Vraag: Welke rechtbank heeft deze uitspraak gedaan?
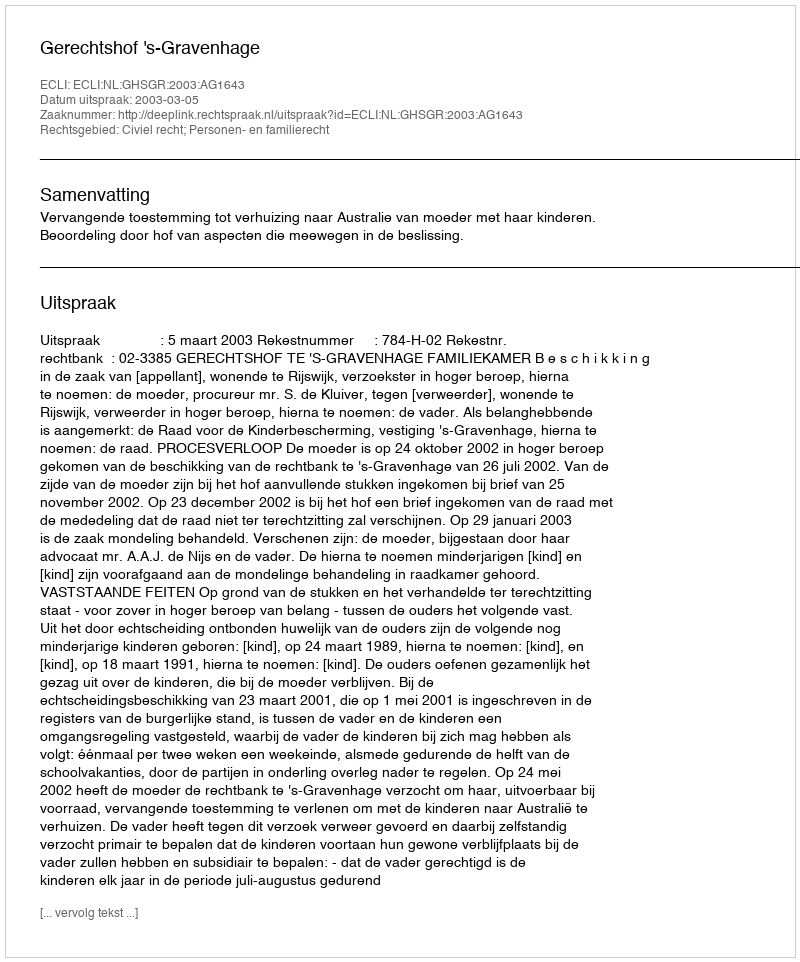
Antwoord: Gerechtshof 's-Gravenhage